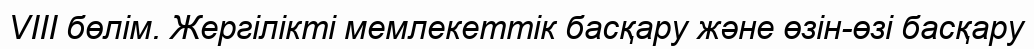
VIII бөлім. Жергілікті мемлекеттік басқару және өзін-өзі басқару